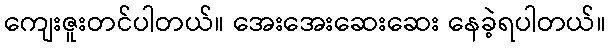
ကျေးဇူးတင်ပါတယ်။ အေးအေးဆေးဆေး နေခဲ့ရပါတယ်။